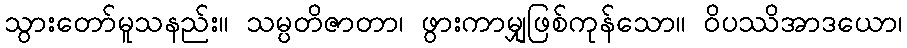
သွားတော်မူသနည်း။ သမ္ပတိဇာတာ၊ ဖွားကာမျှဖြစ်ကုန်သော။ ဝိပဿိအာဒယော၊